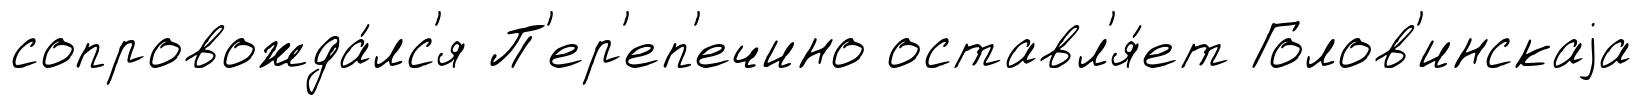
сопровожда́лс'я П'ер'еп'ечино оставл'я́ет Голов'инскаjа